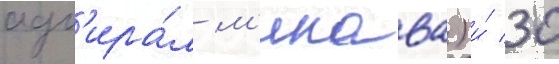
адм'ира́л м'икава) и́ 30